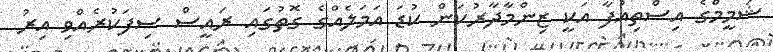
ޝަމީމްގެ އިސްތިއުފާ އަކީ ޒިންމާދާރުކަން ކުޑަ އަމަލެއްގެ ގޮތުގައި ރައީސް ސިފަކުރެއްވި އިރު